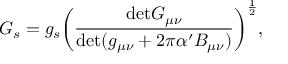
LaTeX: G _ { s } = g _ { s } \biggl ( \frac { \mathrm { d e t } G _ { \mu \nu } } { \mathrm { d e t } ( g _ { \mu \nu } + 2 \pi \alpha ^ { \prime } B _ { \mu \nu } ) } \biggr ) ^ { \frac { 1 } { 2 } } ,